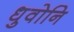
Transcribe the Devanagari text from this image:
धुवोनि